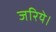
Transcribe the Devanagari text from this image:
जरिये।